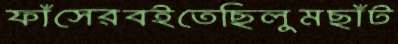
ফাঁসেরবইতেছিলুমছাঁট